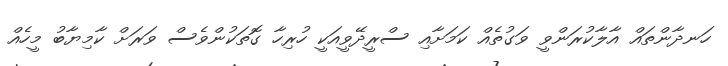
ހަނދާންތައް އާލާކުރަންވީ ވަގުތެއް ކަމަށާއި ސްރީދޭވީއަކީ ހުރިހާ ގޮތަކުންވެސް ވަރަށް ކާމިޔާބު މީހެއް